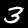
Digit: 3